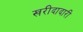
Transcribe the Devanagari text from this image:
खरीदादारी